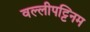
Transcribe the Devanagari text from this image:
वल्लीपट्टिनम